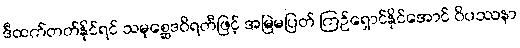
ဒီထက်တတ်နိုင်ရင် သမုစ္ဆေဒဝိရတီဖြင့် အမြဲမပြတ် ကြဉ်ရှောင်နိုင်အောင် ဝိပဿနာ